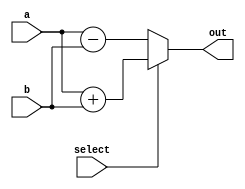
module adder_substractor (a,b,select,out);
input [3:0]a;
input [3:0]b;
input select;
output [4:0]out;
reg [4:0]out;
always @(select or a or b)
begin 
	if (select)
	begin 
		out = a+b;
	end
	else
	begin 
		out = a-b;
	end
end
endmodule